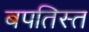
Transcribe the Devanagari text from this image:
बपतिस्त